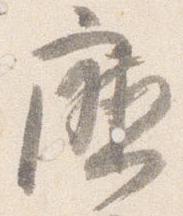
庁